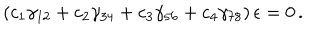
LaTeX: ( c _ { 1 } \gamma _ { 1 2 } + c _ { 2 } \gamma _ { 3 4 } + c _ { 3 } \gamma _ { 5 6 } + c _ { 4 } \gamma _ { 7 8 } ) \, \epsilon = 0 \, .